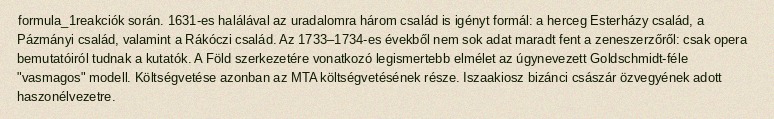
formula_1reakciók során. 1631-es halálával az uradalomra három család is igényt formál: a herceg Esterházy család, a Pázmányi család, valamint a Rákóczi család. Az 1733–1734-es évekből nem sok adat maradt fent a zeneszerzőről: csak opera bemutatóiról tudnak a kutatók. A Föld szerkezetére vonatkozó legismertebb elmélet az úgynevezett Goldschmidt-féle "vasmagos" modell. Költségvetése azonban az MTA költségvetésének része. Iszaakiosz bizánci császár özvegyének adott haszonélvezetre.